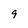
Character: 9